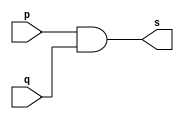
// -------------------------
// Exercicio09 - AND
// Nome: Adamo Ludwig
// -------------------------
// -------------------------
// -- and gate
// -------------------------
module andgate ( output s, 
                           input  p, 
                           input  q);
assign s = p & q ;
endmodule // andgate

module andgate1 (output s1, input p, input q, input r);
wire temp1,st; // st  uma variavel temporaria
andgate AND1(temp1, p,q);
assign st = temp1 & r;
assign s1 = st;
endmodule //andgate1

// ----------------------
// -- test and gate
// ----------------------
module testandgate;
// ------------------------- dados locais
   reg   a, b, c; // definir registradores
wire  s;    // definir conexao (fio)
// ------------------------- instancia
   andgate1 AND1 (s, a, b, c);
// ------------------------- preparacao
   initial begin:start
                   // atribuicao simultanea
// dos valores iniciais
      a=0; b=0;c=0; //syntax error Syntax in assignment statement 1-value (havia colocado ; no lugar da ,)
   end
// ------------------------- parte principal
   initial begin
         $display("Exercicio09 - Adamo Ludwig - 473319");
         $display("Test AND gate");
         $display("\na & b = s\n");
         $monitor("%b & %b & %b = %b", a, b, c, s);  
	#1	   a=0; b=0; c=0;
    #1     a=0; b=0; c=1;
    #1     a=0; b=1; c=0;
    #1     a=0; b=1; c=1;
	#1	   a=1; b=0; c=0;
	#1	   a=1; b=0; c=1;
	#1	   a=1; b=1; c=0;
	#1	   a=1; b=1; c=1;
  end
endmodule // testandgate